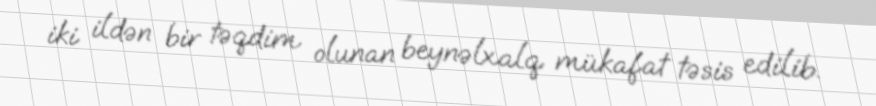
iki ildən bir təqdim olunan beynəlxalq mükafat təsis edilib.